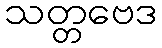
သတ္တဗေဒ